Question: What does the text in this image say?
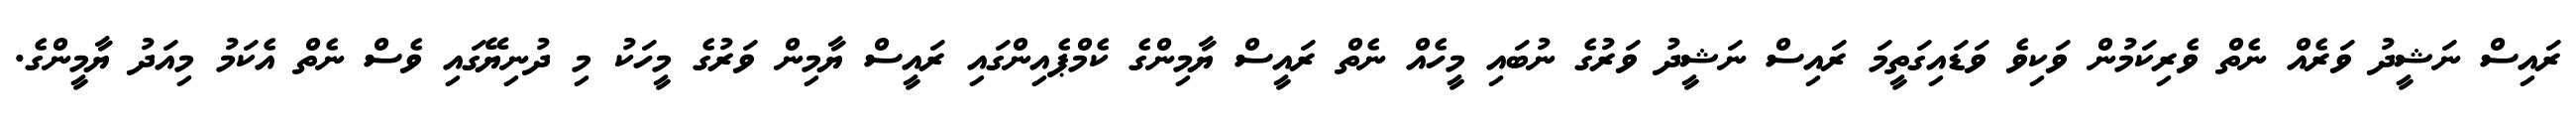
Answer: ރައިސް ނަޝީދު ވަރެއް ނެތް ވެރިކަމުން ވަކިވެ ވަޑައިގަތީމަ ރައިސް ނަޝީދު ވަރުގެ ނުބައި މީހެއް ނެތް ރައީސް ޔާމިންގެ ކެމްޕެއިންގައި ރައީސް ޔާމިން ވަރުގެ މީހަކު މި ދުނިޔޭގައި ވެސް ނެތް އެކަމު މިއަދު ޔާމީންގެ.